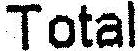
TOTAL